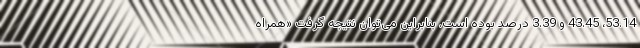
53.14، 43.45 و 3.39 درصد بوده است. بنابراین می‌توان نتیجه گرفت «همراه